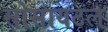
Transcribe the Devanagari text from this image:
सोसायटल